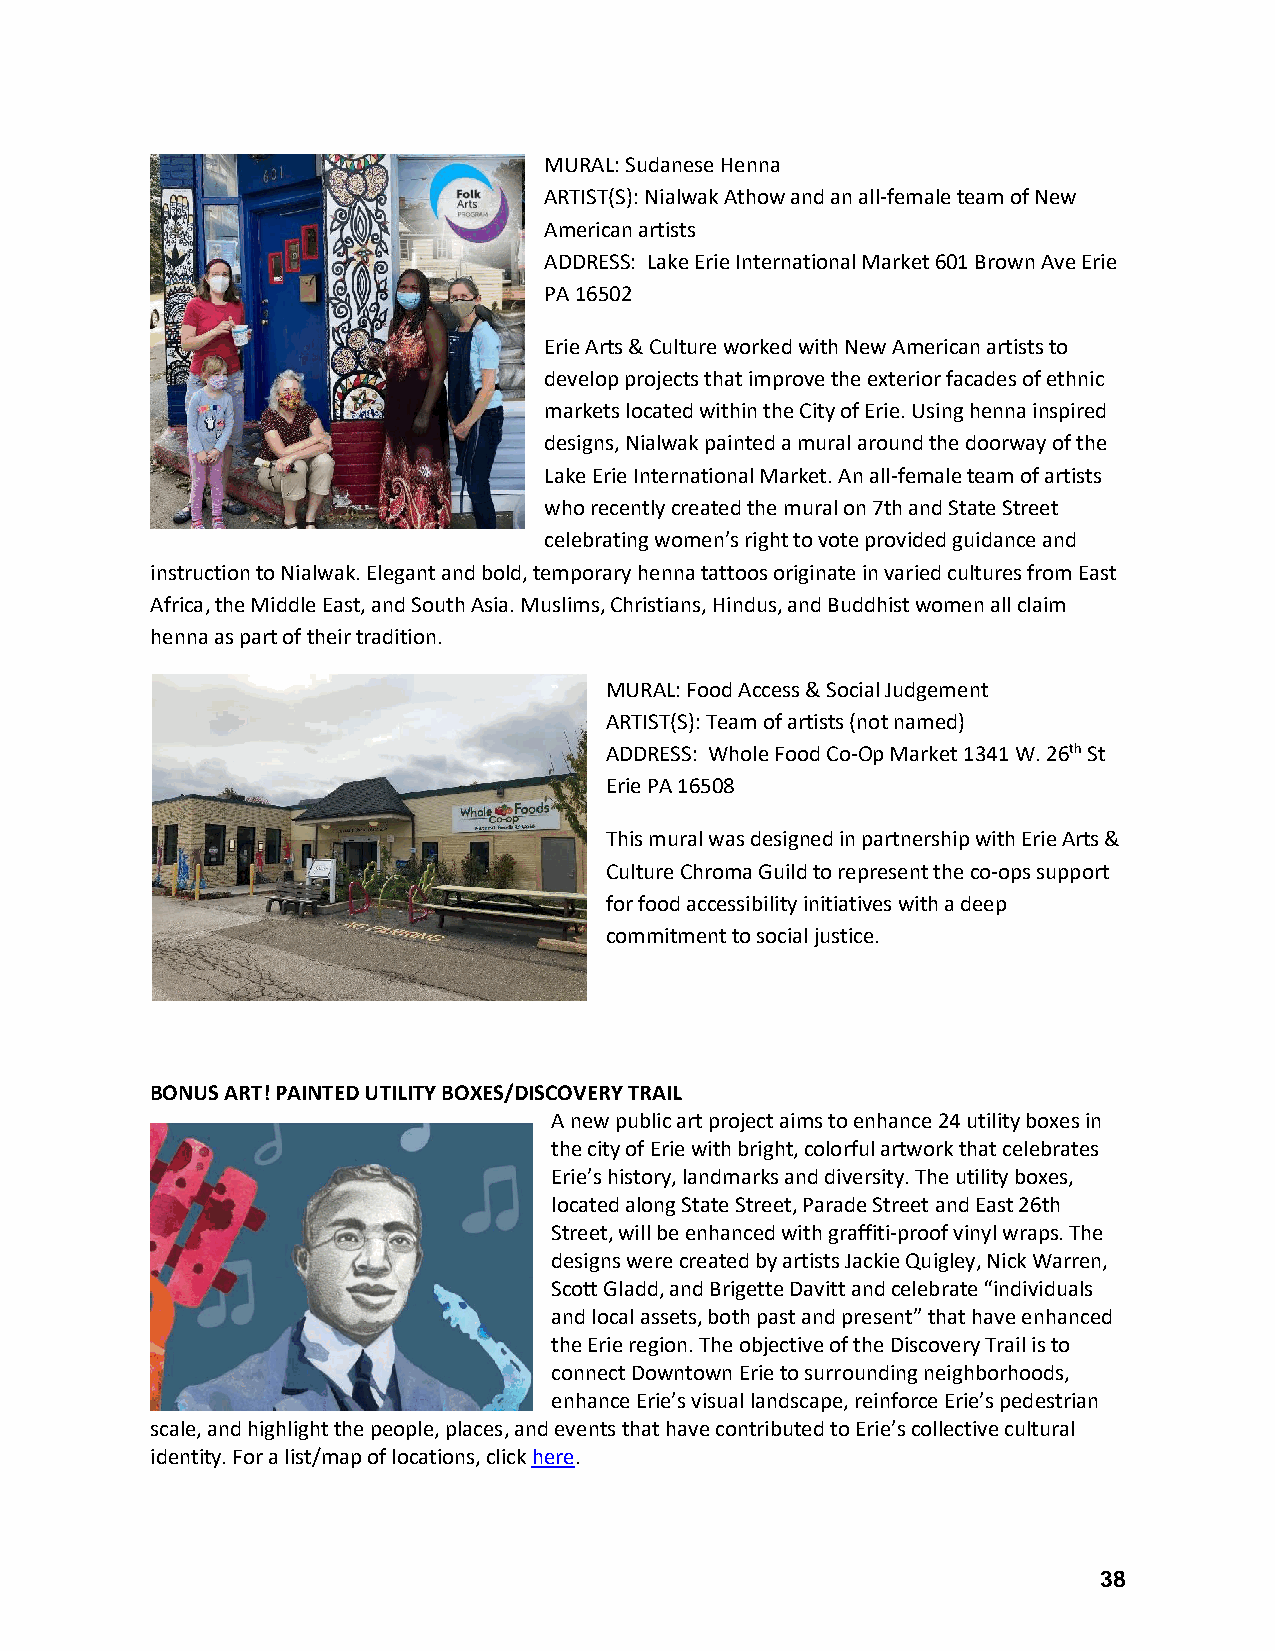
MURAL: Sudanese Henna
 ARTIST(S): Nialwak Athow and an all-female team of New
 American artists
 ADDRESS: Lake Erie International Market 601 Brown Ave Erie
 PA 16502
 Erie Arts & Culture worked with New American artists to
 develop projects that improve the exterior facades of ethnic
 markets located within the City of Erie. Using henna inspired
 designs, Nialwak painted a mural around the doorway of the
 Lake Erie International Market. An all-female team of artists
 who recently created the mural on 7th and State Street
 celebrating women’s right to vote provided guidance and
 instruction to Nialwak. Elegant and bold, temporary henna tattoos originate in varied cultures from East
 Africa, the Middle East, and South Asia. Muslims, Christians, Hindus, and Buddhist women all claim
 henna as part of their tradition.
 MURAL: Food Access & Social Judgement
 ARTIST(S): Team of artists (not named)
 ADDRESS: Whole Food Co-Op Market 1341 W. 26th St
 Erie PA 16508
 This mural was designed in partnership with Erie Arts &
 Culture Chroma Guild to represent the co-ops support
 for food accessibility initiatives with a deep
 commitment to social justice.
 BONUS ART! PAINTED UTILITY BOXES/DISCOVERY TRAIL
 A new public art project aims to enhance 24 utility boxes in
 the city of Erie with bright, colorful artwork that celebrates
 Erie’s history, landmarks and diversity. The utility boxes,
 located along State Street, Parade Street and East 26th
 Street, will be enhanced with graffiti-proof vinyl wraps. The
 designs were created by artists Jackie Quigley, Nick Warren,
 Scott Gladd, and Brigette Davitt and celebrate “individuals
 and local assets, both past and present” that have enhanced
 the Erie region. The objective of the Discovery Trail is to
 connect Downtown Erie to surrounding neighborhoods,
 enhance Erie’s visual landscape, reinforce Erie’s pedestrian
 scale, and highlight the people, places, and events that have contributed to Erie’s collective cultural
 identity. For a list/map of locations, click here.
 38